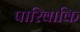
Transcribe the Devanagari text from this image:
पारिवाकि